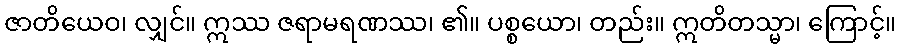
ဇာတိယေဝ၊ လျှင်။ ဣဿ ဇရာမရဏဿ၊ ၏။ ပစ္စယော၊ တည်း။ ဣတိတသ္မာ၊ ကြောင့်။